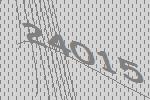
24015